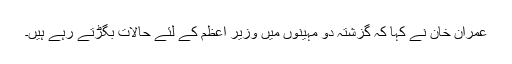
عمران خان نے کہا کہ گزشتہ دو مہینوں میں وزیرِ اعظم کے لئے حالات بگڑتے رہے ہیں۔